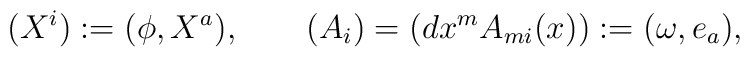
(X^i) := (\phi,X^a), \qquad  (A_i) = (dx^m A_{mi}(x)) := (\omega,e_a),